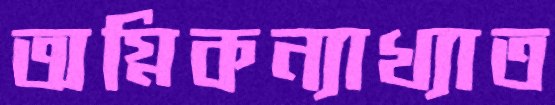
অগ্নিকন্যাখ্যাত